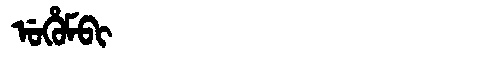
Manchu: ᡠᡥᡠᠮᠪᡳ
Romanization: UHUMBI